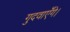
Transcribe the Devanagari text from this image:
गुदवाएँगे।